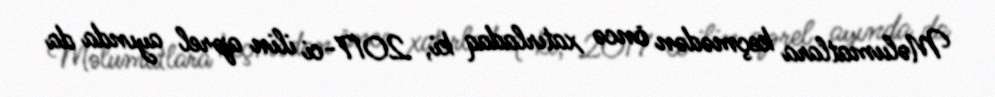
Məlumatlara keçmədən öncə xatırladaq ki, 2017-ci ilin aprel ayında da